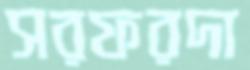
সরফরদা